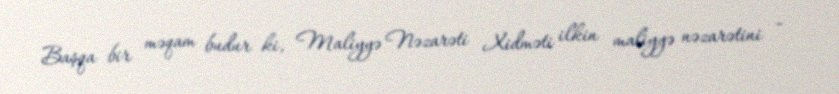
Başqa bir məqam budur ki, Maliyyə Nəzarəti Xidməti ilkin maliyyə nəzarətini -